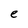
Character: e